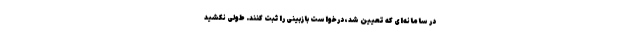
در سامانه‌ای که تعیین شد، درخواست بازبینی را ثبت کنند. طولی نکشید